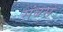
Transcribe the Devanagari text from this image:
संबसे